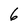
Character: 6